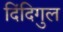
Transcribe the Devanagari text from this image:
दिंदिगुल